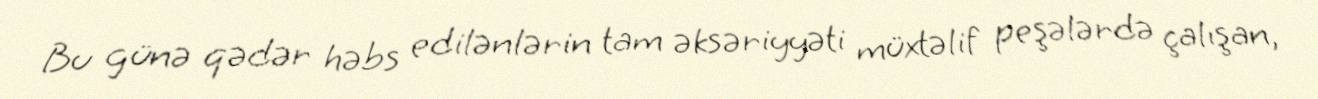
Bu günə qədər həbs edilənlərin tam əksəriyyəti müxtəlif peşələrdə çalışan,